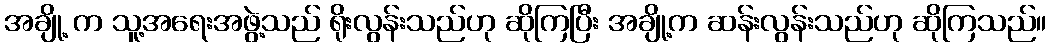
အချို့ က သူ့အရေးအဖွဲ့သည် ရိုးလွန်းသည်ဟု ဆိုကြပြီး အချို့က ဆန်းလွန်းသည်ဟု ဆိုကြသည်။